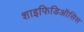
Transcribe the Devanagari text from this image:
शाइफिडिऑसिस